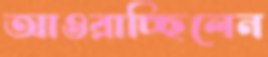
আওরাচ্ছিলেন